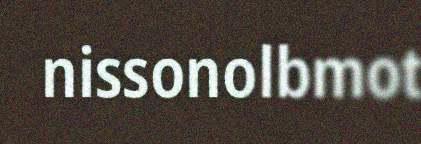
nissonolbmot